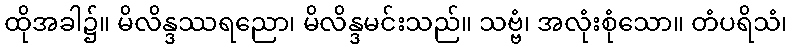
ထိုအခါ၌။ မိလိန္ဒဿရညော၊ မိလိန္ဒမင်းသည်။ သဗ္ဗံ၊ အလုံးစုံသော။ တံပရိသံ၊